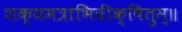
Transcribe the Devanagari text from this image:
शक्यमत्राभिवीक्षितुम्॥